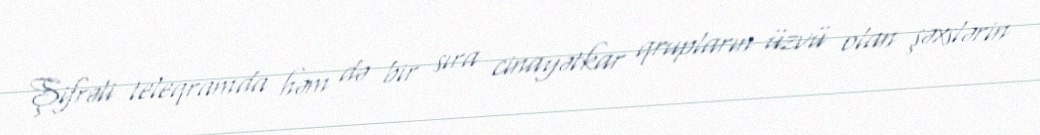
Şifrəli teleqramda həm də bir sıra cinayətkar qrupların üzvü olan şəxslərin